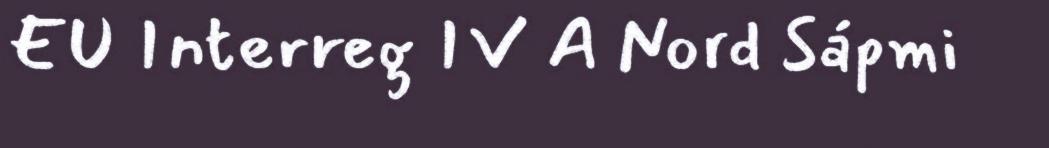
EU Interreg IV A Nord Sápmi